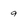
Character: 9